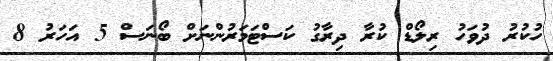
ހުކުރު ދުވަހު ރިލޯޑް ކުރާ ދިރާގު ކަސްޓަމަރުންނަށް ބޯނަސް 5 އަހަރު 8